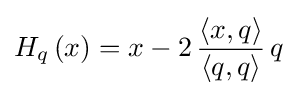
H_{q}\left(x\right)=x-2\,{\frac {\langle x,q\rangle }{\langle q,q\rangle }}\,q